Lunatic asylums Central Provinces reports 1910-1926 - 1910-1926
Year: 1910
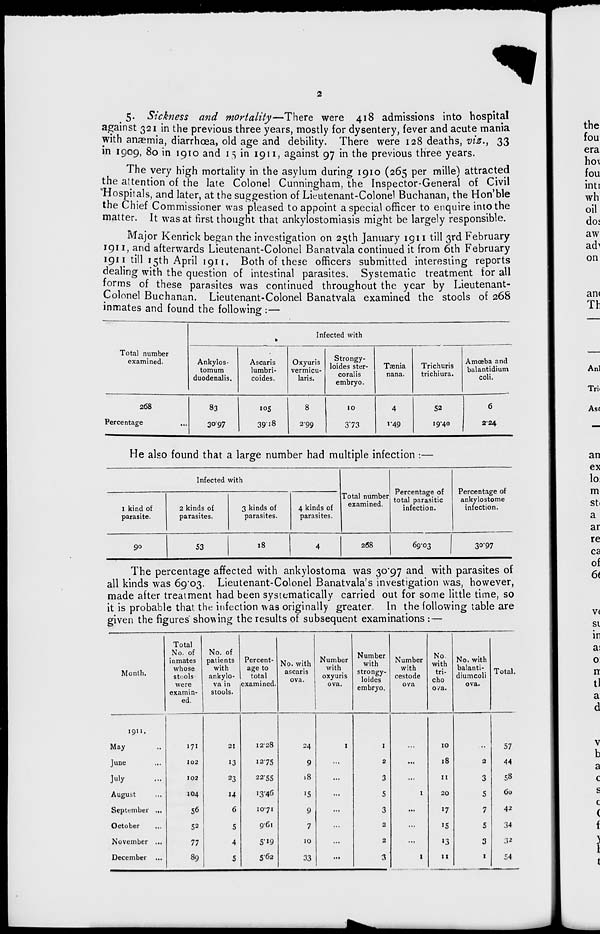
2
5. Sickness and mortality—There were 418 admissions into hospital
against 321 in the previous three years, mostly for dysentery, fever and acute mania
with anæmia, diarrhœa, old age and debility. There were 128 deaths, viz., 33
in 1909, 80 in 1910 and 15 in 1911, against 97 in the previous three years.
The very high mortality in the asylum during 1910 (265 per mille) attracted
the attention of the late Colonel Cunningham, the Inspector-General of Civil
Hospitals, and later, at the suggestion of Lieutenant-Colonel Buchanan, the Hon'ble
the Chief Commissioner was pleased to appoint a special officer to enquire into the
matter. It was at first thought that ankylostomiasis might be largely responsible.
Major Kenrick began the investigation on 25th January 1911 till 3rd February
1911, and afterwards Lieutenant-Colonel Banatvala continued it from 6th February
1911 till 15th April 1911. Both of these officers submitted interesting reports
dealing with the question of intestinal parasites. Systematic treatment for all
forms of these parasites was continued throughout the year by Lieutenant-
Colonel Buchanan. Lieutenant-Colonel Banatvala examined the stools of 268
inmates and found the following :—
Total number
examined.
268
Percentage
Infected with
Ankylos-
tomum
duodenalis.
83
30.97
Ascaris
lumbri-
coides.
105
39.18
Oxyuris
vermicu-
laris.
8
2.99
Strongy-
loses ster-
coralis
embryo.
10
373
Taenia
nana.
4
1.49
Trichuris
trichiura.
52
19.40
Amoeba and
balantidium
coli.
6
224
He also found that a large number had multiple infection :—
Infected with
I kind of
parasite.
90
2 kinds of
parasites.
S3
3 kinds of
parasites.
18
4 kinds of
parasites.
4
Total number
examined.
268
Percentage of
total parasitic
infection.
69.03
Percentage of
ankylostome
infection.
3097
The percentage affected with ankylostoma was 30.97 and with parasites of
all kinds was 69.03. Lieutenant-Colonel Banatvala's investigation was, however,
made after treatment had been systematically carried out for some little time, so
it is probable that the infection was originally greater. In the following table are
given the figures showing the results of subsequent examinations :—
Month.
1911.
May ...
June ...
July ...
August ...
September ...
October ...
November ...
December ...
Total
No. of
inmates
whose
stools
were
examin-
ed.
171
102
102
104
56
52
77
89
No. of
patients
with
ankylo-
va in
stools.
21
13
23
14
6
5
4
5
Percent-
age to
total
examined.
12.28
12.75
22.55
13.46
10.71
9.61
5.19
5.62
No. with
ascaris
ova.
24
9
18
15
9
7
10
33
Number
with
oxyuris
ova.
1
...
...
...
...
...
...
...
Number
with
strongy-
loides
embryo.
1
2
3
5
3
2
2
3
Number
with
cestode
ova
...
...
...
1
...
...
...
1
No.
with
tri-
cho
ova.
10
18
11
20
17
15
13
11
No. with
balanti-
diumcoli
ova.
...
2
3
5
7
5
3
1
Total.
57
44
58
60
42
34
32
54